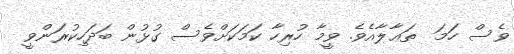
ވެސް ހަމަ  ތަޢާލާއެވެ. ވީމާ ހުރިހާ ކަމަކަށްވެސް ގުޅުން ބަދަހިކުރަންވީ